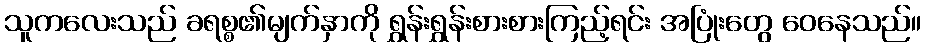
သူကလေးသည် ခရစ္စ၏မျက်နှာကို ရွှန်းရွှန်းစားစားကြည့်ရင်း အပြုံးတွေ ဝေနေသည်။